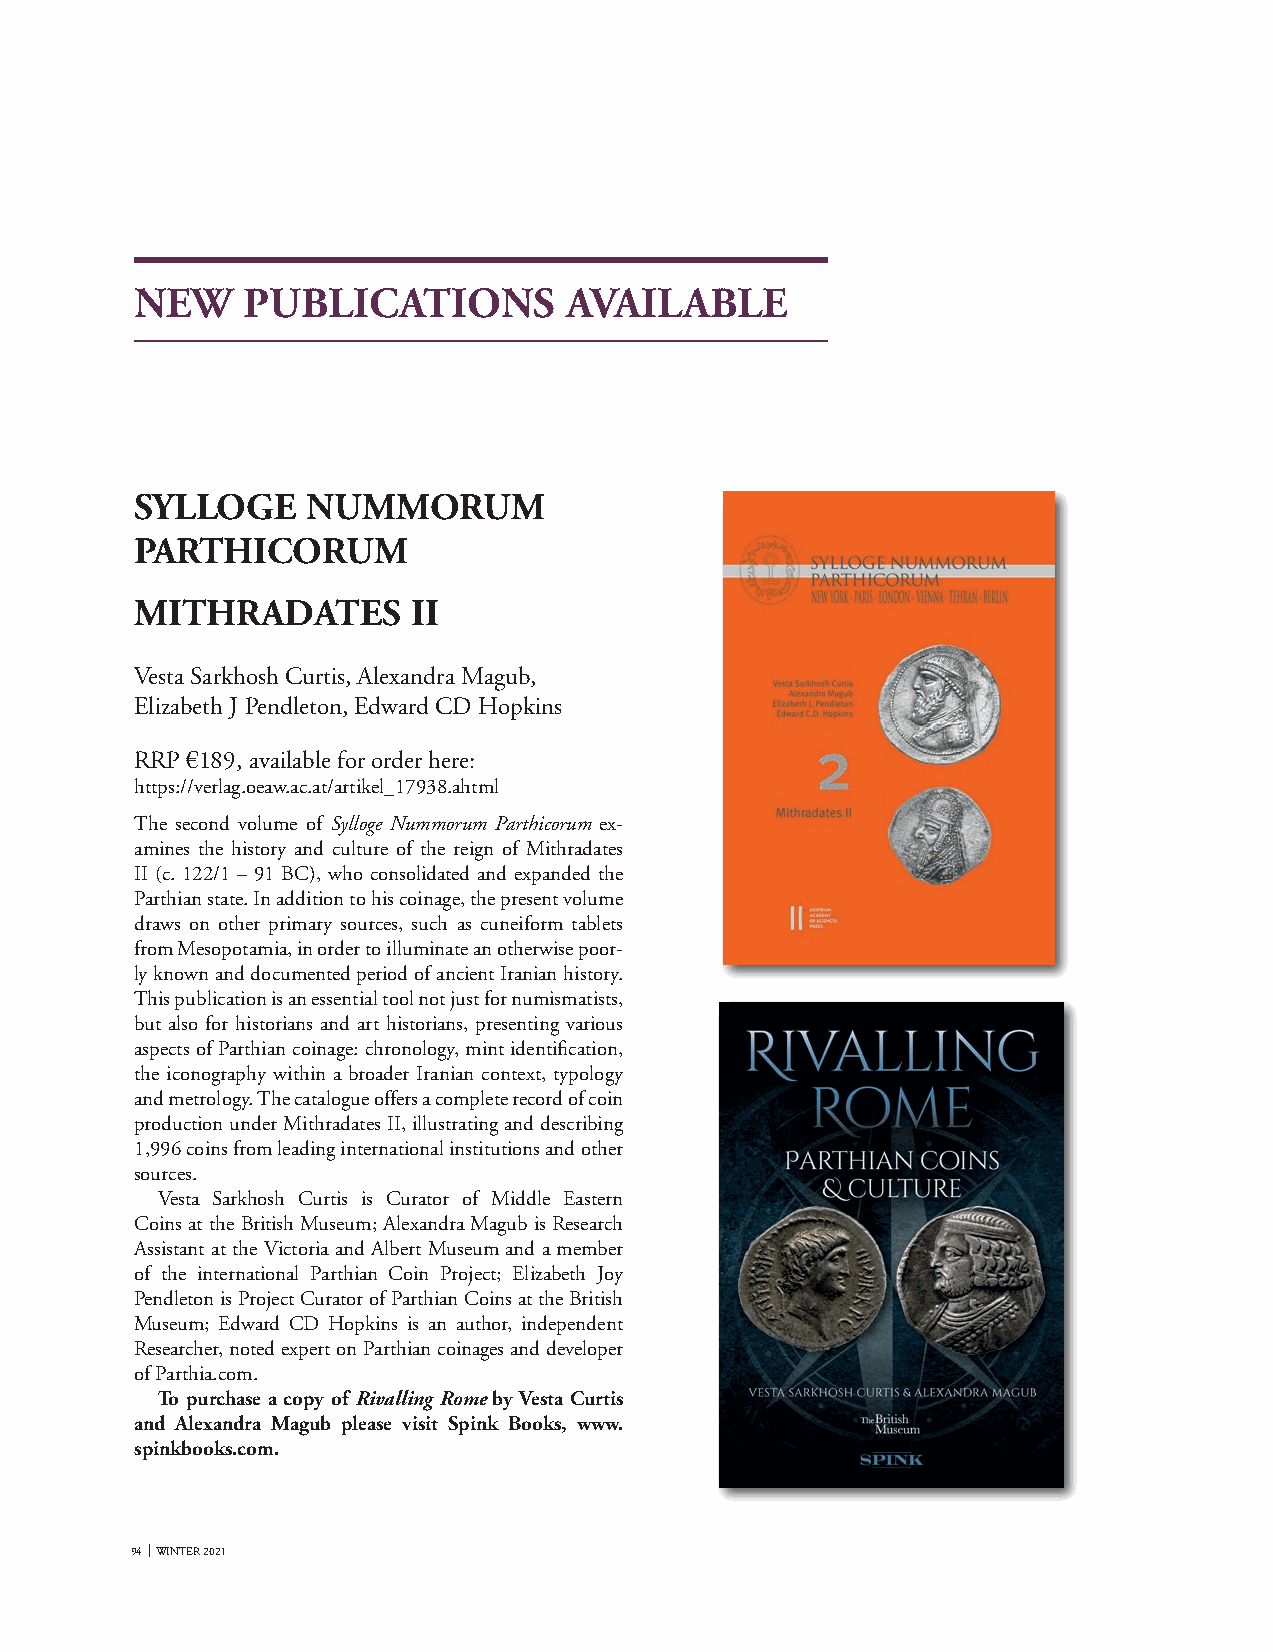
NEW    PUBLICATIONS         AVAILABLE
 SYLLOGE    NUMMORUM
 PARTHICORUM
 MITHRADATES       II
 Vesta Sarkhosh Curtis, Alexandra Magub,
 Elizabeth J Pendleton, Edward CD Hopkins
 RRP €189, available for order here:
 https://verlag.oeaw.ac.at/artikel_17938.ahtml
 The second volume of Sylloge Nummorum Parthicorum ex-
 amines the history and culture of the reign of Mithradates
 II (c. 122/1 – 91 BC), who consolidated and expanded the
 Parthian state. In addition to his coinage, the present volume
 draws on other primary sources, such as cuneiform tablets
 from Mesopotamia, in order to illuminate an otherwise poor-
 ly known and documented period of ancient Iranian history.
 This publication is an essential tool not just for numismatists,
 but also for historians and art historians, presenting various
 aspects of Parthian coinage: chronology, mint identification,
 the iconography within a broader Iranian context, typology
 and metrology. The catalogue offers a complete record of coin
 production under Mithradates II, illustrating and describing
 1,996 coins from leading international institutions and other
 sources.
 Vesta Sarkhosh Curtis is Curator of Middle Eastern
 Coins at the British Museum; Alexandra Magub is Research
 Assistant at the Victoria and Albert Museum and a member
 of the international Parthian Coin Project; Elizabeth Joy
 Pendleton is Project Curator of Parthian Coins at the British
 Museum; Edward CD Hopkins is an author, independent
 Researcher, noted expert on Parthian coinages and developer
 of Parthia.com.
 To purchase a copy of Rivalling Rome by Vesta Curtis
 and Alexandra Magub please visit Spink Books, www.
 spinkbooks.com.
 94 WINTER 2021